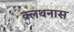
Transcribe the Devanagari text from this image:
क्लथनास